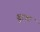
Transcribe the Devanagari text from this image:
बू्रक